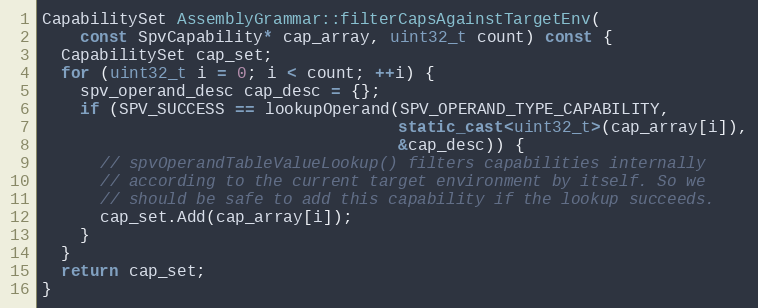
Language: C++
CapabilitySet AssemblyGrammar::filterCapsAgainstTargetEnv(
    const SpvCapability* cap_array, uint32_t count) const {
  CapabilitySet cap_set;
  for (uint32_t i = 0; i < count; ++i) {
    spv_operand_desc cap_desc = {};
    if (SPV_SUCCESS == lookupOperand(SPV_OPERAND_TYPE_CAPABILITY,
                                     static_cast<uint32_t>(cap_array[i]),
                                     &cap_desc)) {
      // spvOperandTableValueLookup() filters capabilities internally
      // according to the current target environment by itself. So we
      // should be safe to add this capability if the lookup succeeds.
      cap_set.Add(cap_array[i]);
    }
  }
  return cap_set;
}